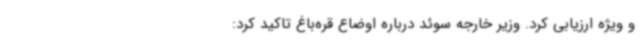
و ویژه ارزیابی کرد. وزیر خارجه سوئد درباره اوضاع قره‌باغ تاکید کرد: